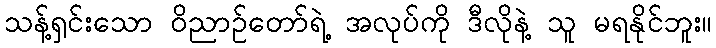
သန့်ရှင်းသော ဝိညာဉ်တော်ရဲ့ အလုပ်ကို ဒီလိုနဲ့ သူ မရနိုင်ဘူး။